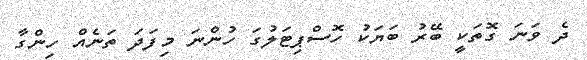
ދެ ވަނަ ގޮތަކީ ބޭރު ބަޔަކު ހޮސްޕިޓަލުގަ ހުންނަ މިފަދަ ތަނެއް ހިންގާ